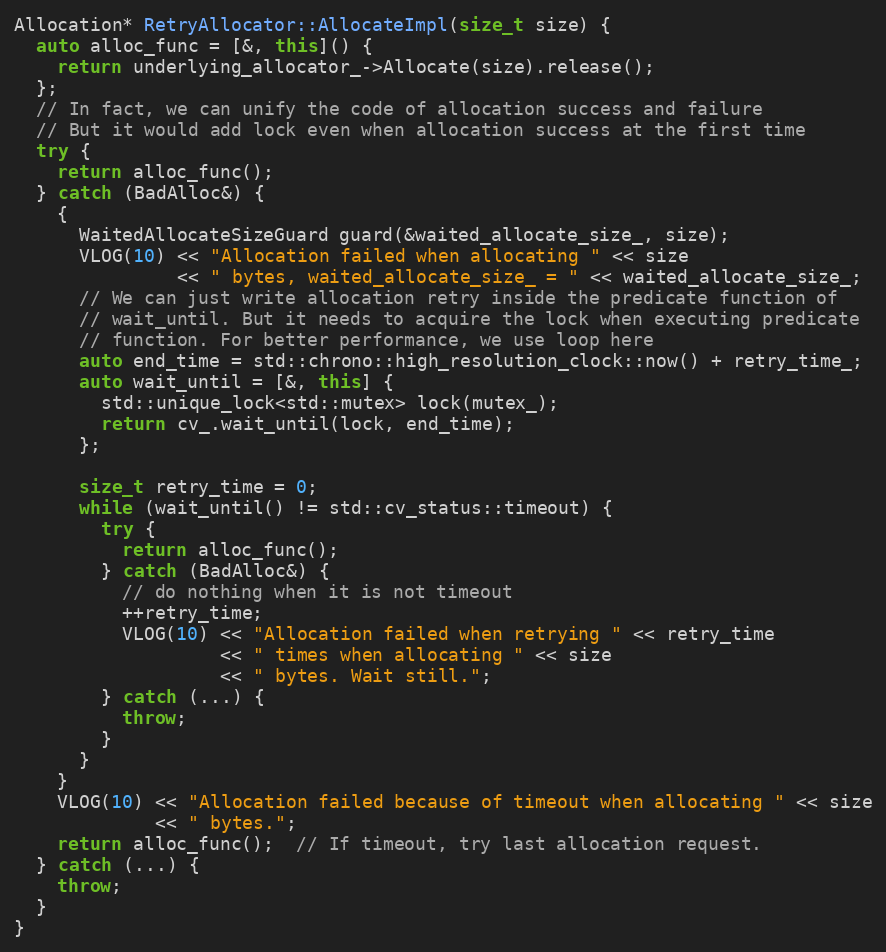
Language: C++
Allocation* RetryAllocator::AllocateImpl(size_t size) {
  auto alloc_func = [&, this]() {
    return underlying_allocator_->Allocate(size).release();
  };
  // In fact, we can unify the code of allocation success and failure
  // But it would add lock even when allocation success at the first time
  try {
    return alloc_func();
  } catch (BadAlloc&) {
    {
      WaitedAllocateSizeGuard guard(&waited_allocate_size_, size);
      VLOG(10) << "Allocation failed when allocating " << size
               << " bytes, waited_allocate_size_ = " << waited_allocate_size_;
      // We can just write allocation retry inside the predicate function of
      // wait_until. But it needs to acquire the lock when executing predicate
      // function. For better performance, we use loop here
      auto end_time = std::chrono::high_resolution_clock::now() + retry_time_;
      auto wait_until = [&, this] {
        std::unique_lock<std::mutex> lock(mutex_);
        return cv_.wait_until(lock, end_time);
      };

      size_t retry_time = 0;
      while (wait_until() != std::cv_status::timeout) {
        try {
          return alloc_func();
        } catch (BadAlloc&) {
          // do nothing when it is not timeout
          ++retry_time;
          VLOG(10) << "Allocation failed when retrying " << retry_time
                   << " times when allocating " << size
                   << " bytes. Wait still.";
        } catch (...) {
          throw;
        }
      }
    }
    VLOG(10) << "Allocation failed because of timeout when allocating " << size
             << " bytes.";
    return alloc_func();  // If timeout, try last allocation request.
  } catch (...) {
    throw;
  }
}